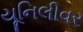
યૂનિલીવર